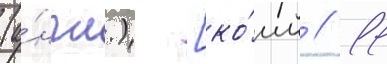
(а́нгл.) [ко́мм // 11